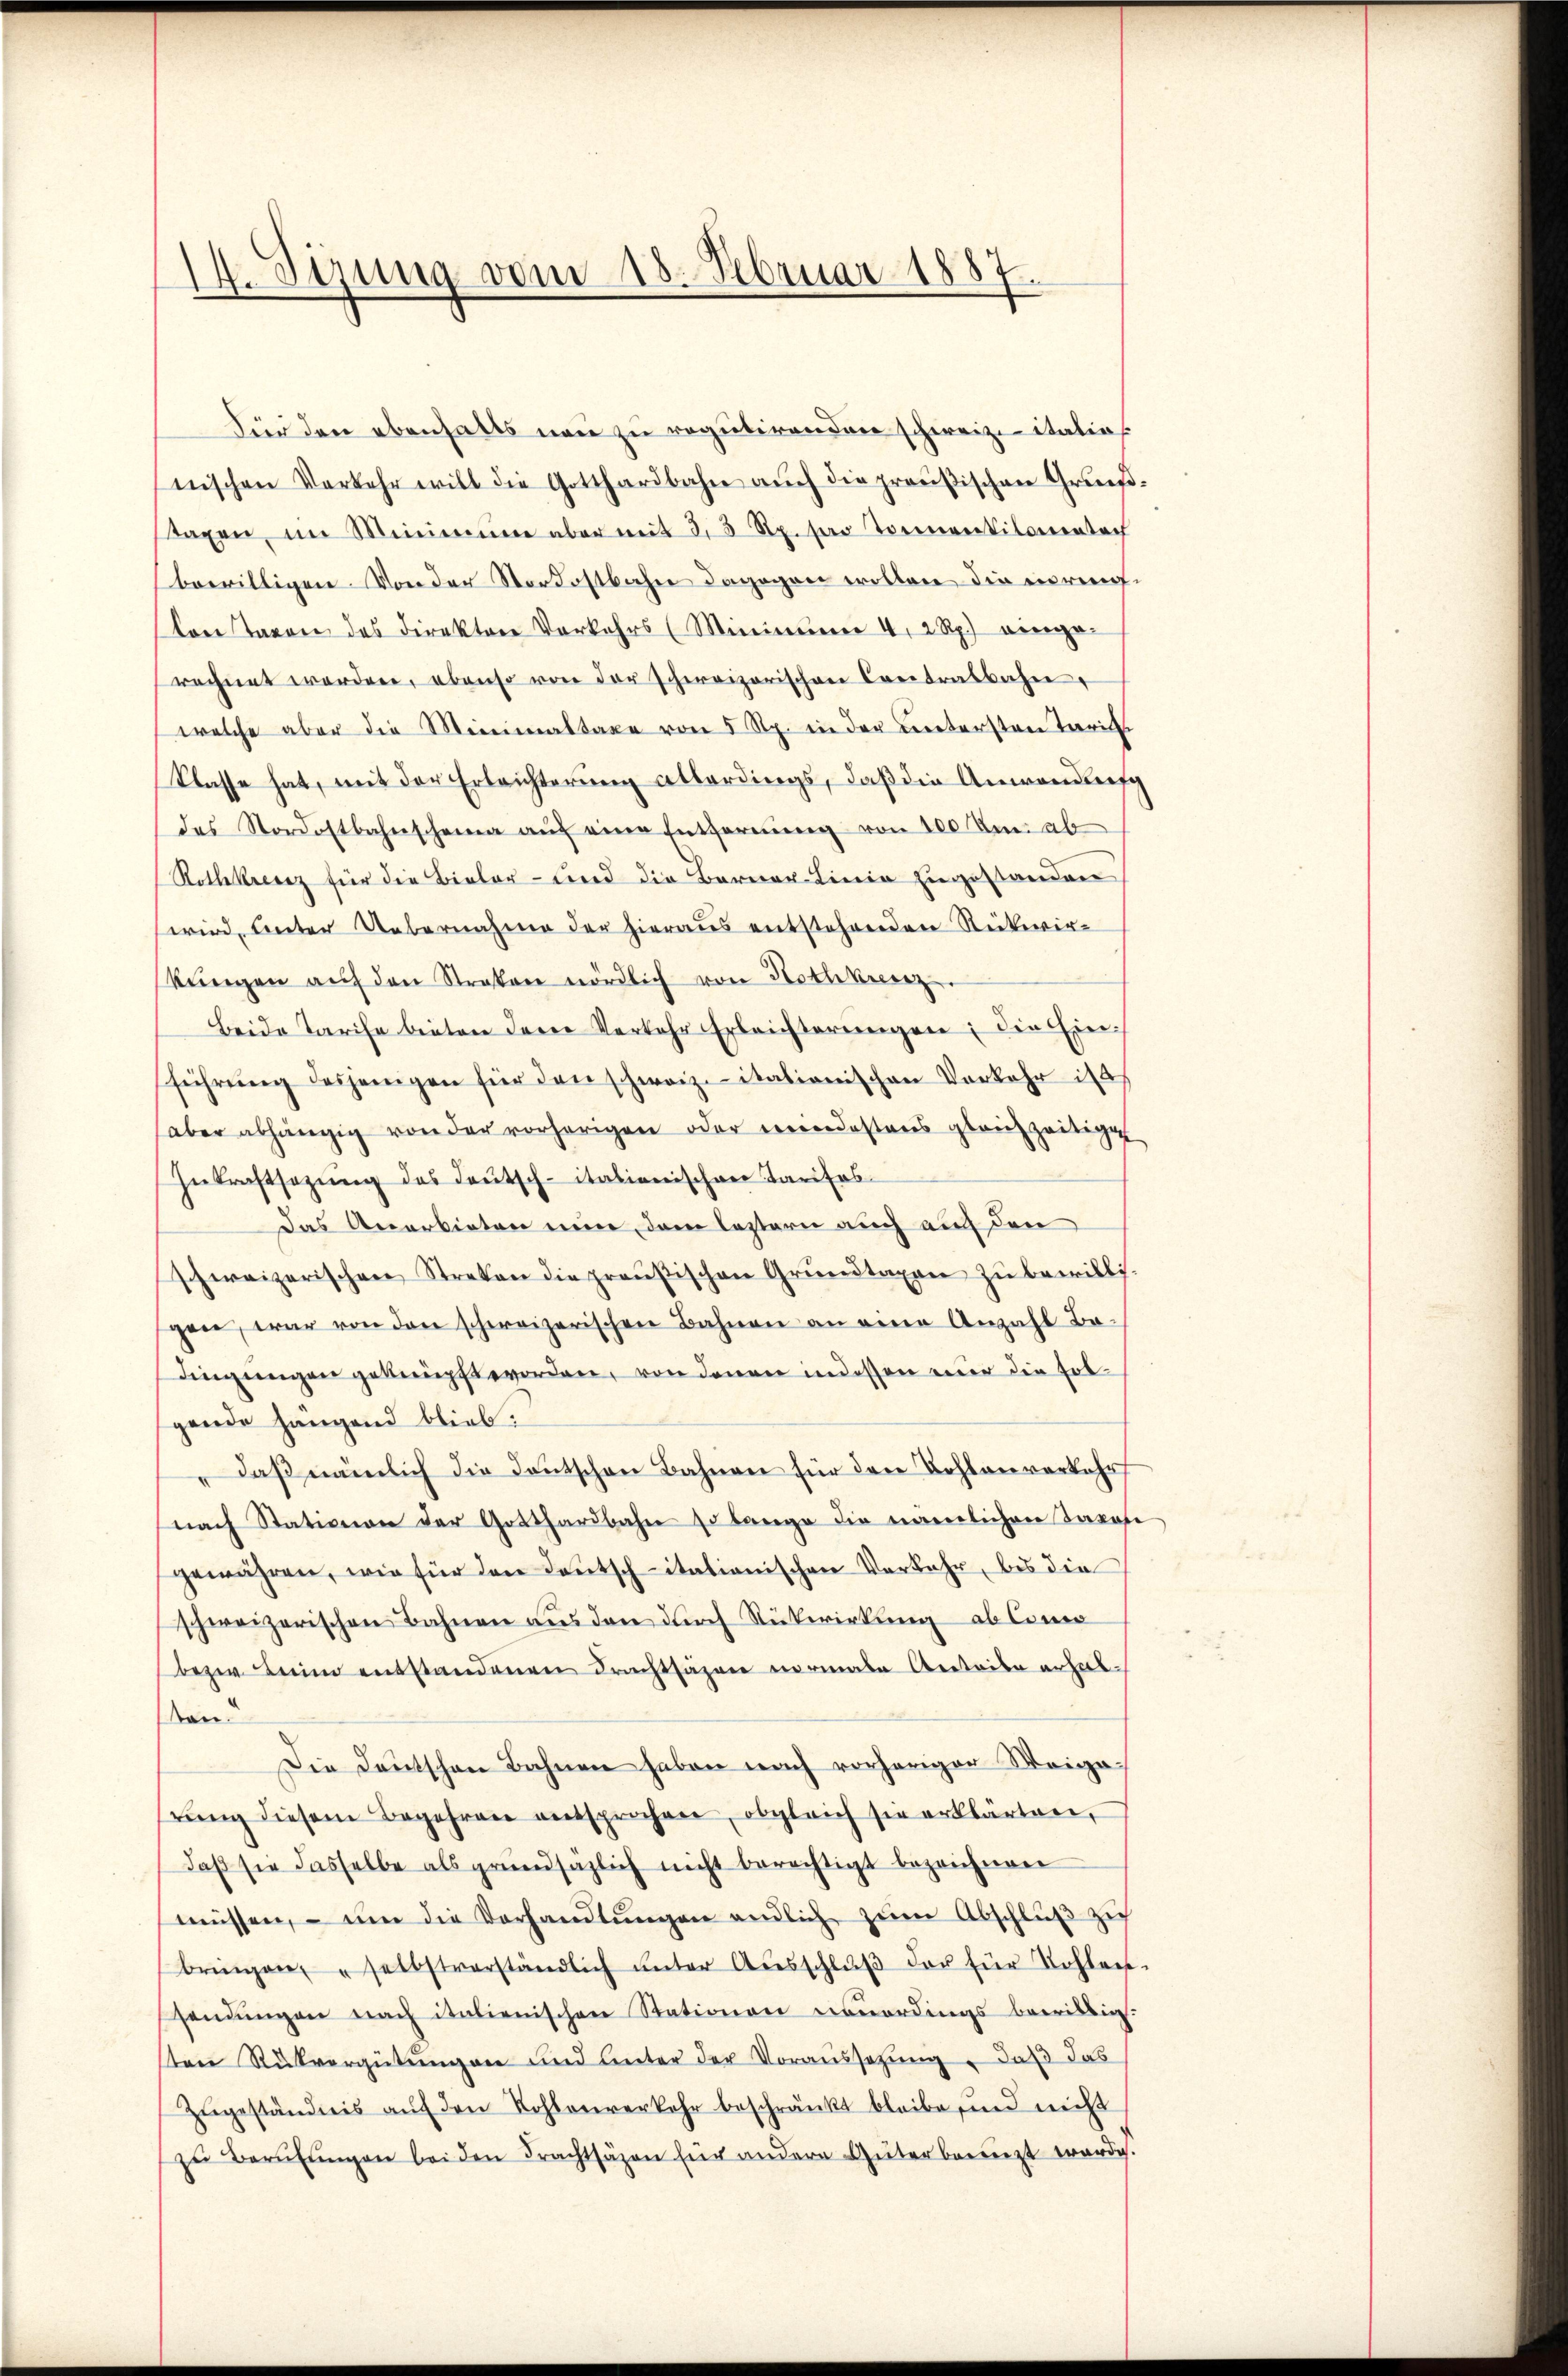
14. Sizung vom 18. Februar 1887.

Für den ebenfalls neu zu regulirenden schweize italias
nischen Verkehr will die Gotthardbahn aŭch die preußischen Grund
tagen, im Minimine aber mit 33 Rp. per Tonnentilonenbach
bewilligen. Von der Nordostbahn dagegen wollen die errenlare Taxen des Direktore Vorkehrs (Minimer 4, 2 Rp.) einge-
rechnet werden, ebenso von der schweizerischen Contralbahn
welche aber die Minimaltaxe von 5 Rp. in der untersten Tarifi
klasse hat, mit der Erleichterung allerdings, daß die Anwendung
des Nordostbahnschein aŭf eine Entfernŭng von 100 Um ab
Rothkreuz für die Bieler- und die Berner-Linie zugestanden
wird, unter Uebernahme der hieraus entstehenden Stückwirkŭngen aŭf den Strafen nördlich von Rothkreuz
Beide Tarife bieten der Verkehr Erleichterungen; die Einführŭng desjenigen für den schweiz. italionischen Verkehr ist
aber abhängig von der vorherigen oder meindestens gleichzeitige
Inkraftsazŭng des deŭtsch-italienischen Tarifas-
Das Anerbieten nun dem leztern auch auf den
schweizerischen Streken die preußischen Grŭndtaxen zŭ bewilli-
gene, war von den schweizerischen Bahnen an eine Anzahl Bo-
dingungen geknüpft worden, von denen indessen nur die Folgende hängend blieb:
daß nämlich die Deutschen Bahnen für den Bohlenverkehr
nach Stationen der Gotthardbahn so lange die nämlichen Taxen
gewähren, wie für den Deutsch-itationischen Verkehr, bis die
schweizerischen Bahnen aus den durch Rückwirkung ab Conco
bezw. Beim entstandenen Frachtsäzen vormale Anteile erhalan
Die Deutschen Bahnen haben nach vorheriger Weigerŭng diesem Begehren entsprochen, obgleich sie erklärten,
daβ sie dasselbe als grundsazlich nicht berechtigt bezeichnen
müssen, – um die Vorhandlŭngen endlich zŭm Abschlŭβ zi
bringen, selbstverständlich ŭnter Aŭsschlŭβ der für Dohlen.
Hendŭngen nach italienischen Stationen neuerdings bewillig.
sten Rückvergütŭngen und Unter der Voraussetzŭng : daß das
Zŭgeständnis aŭf den Kohlenverkehr beschränkt bleibe sind nicht
zŭ Berŭfŭngen bei den Frachtsäzen für andere Güterberegt werde.